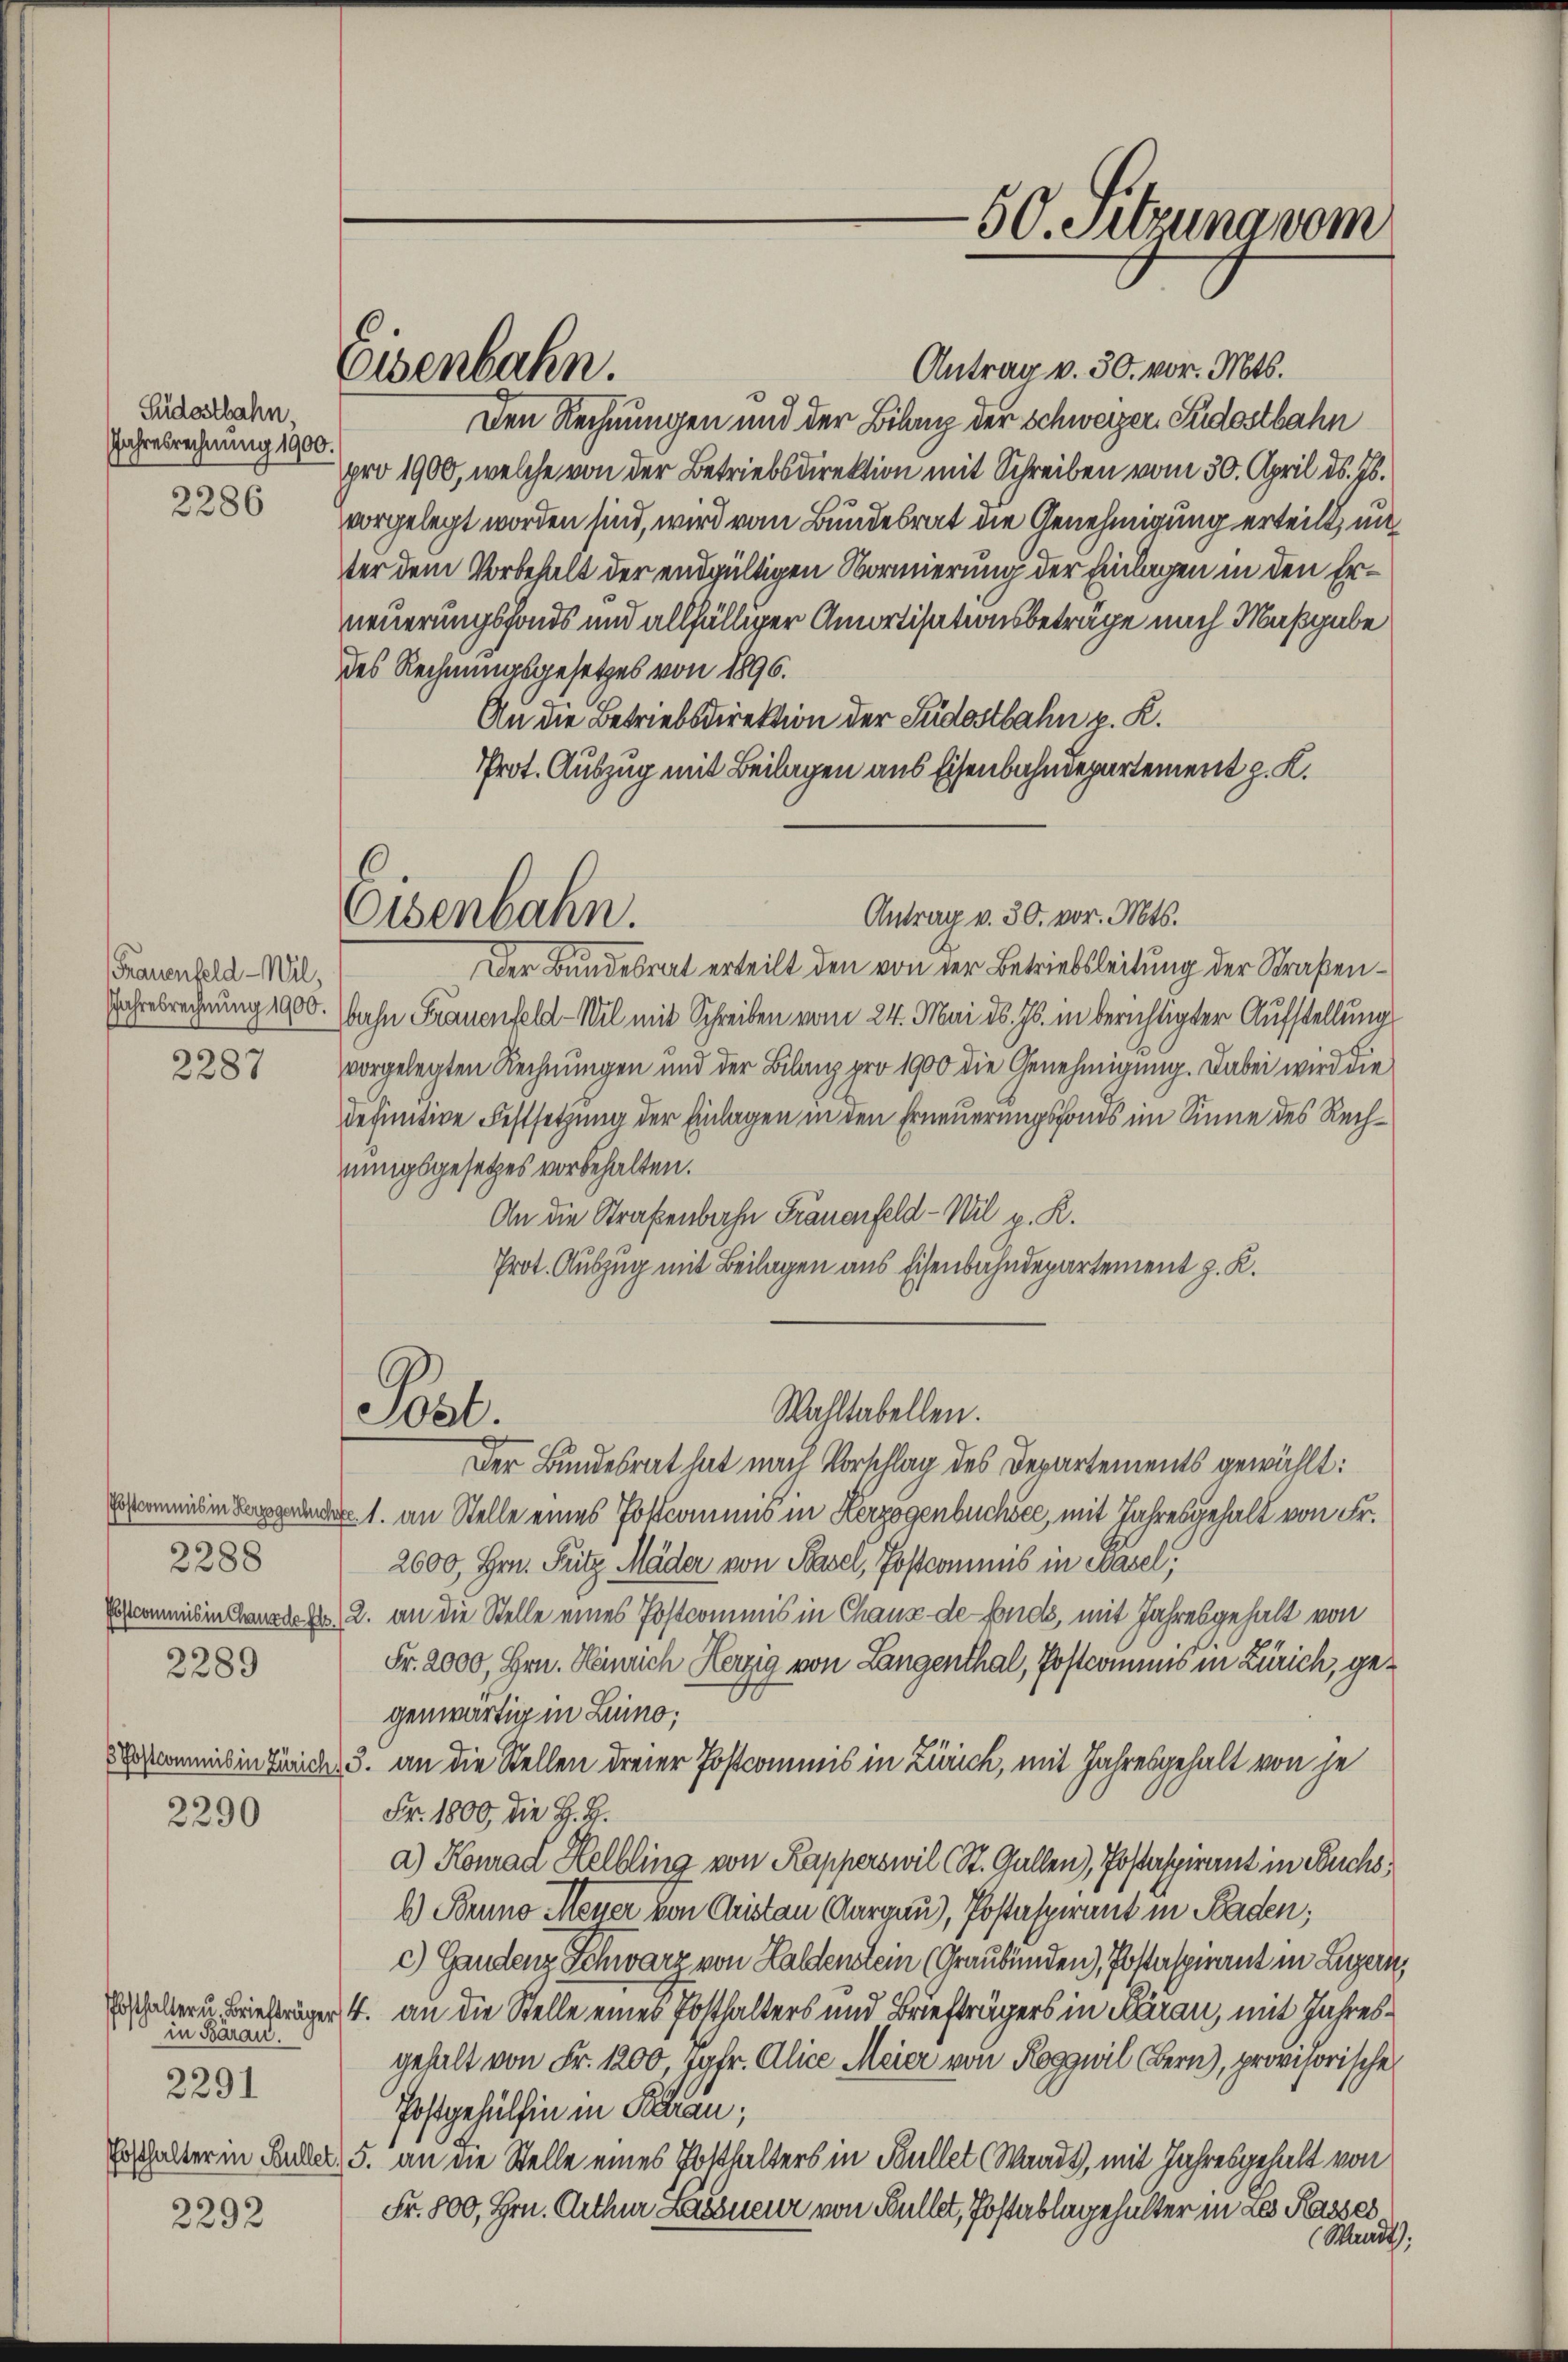
Püdostbahn,
Jahresrechnung 1900.

2286

2287

Pöstcommis in Herzogenbuch
2288
2289

2290

2292

Frauenfeld -Wil,
Jahresrechnung 1900.

in Baran.
2291

Eisenbahn.

Eisenbahn.

Antrag v. 30. vor. Mts.
Den Rechnungen und der Bilanz der Schweizer Südostbahn
pro 1900, welche von der Betriebsdirektion mit Schreiben vom 30. April d. Js.
vorgelegt worden sind, wird vom Bundesrat die Genehmigung erteilt, un
ter dem Vorbehalt der endgültigen Normierung der Einlagen in den Erneuerungsfonds und allfälliger Amortisationsbeträge nach Maßgabe
des Rechnungsgesetzes von 1896.
An die Betriebsdirektion der Südostbahn p. R.
Prot. Auszug mit Beilagen aus Eisenbahndepartement z. K.
Der Bundesrat erteilt den von der Betriebsleitung der Straßen¬
Bahn Frauenfeld - Wil mit Schreiben vom 24. Mai d. Js. in berichtigter Aufstellung
vorgelegten Rechnungen und der Bilanz pro 1900 die Genehmigung. Dabei wird die
definitive Festsetzung der Einlagen in den Erneuerungsfonds im Sinne des Rechnungsgesetzes vorbehalten.
An die Straßenbahn Frauenfeld-Wil p. R.
Prot. Auszug mit Beilagen aus Eisenbahndepartement z. K.
Wahltabellen.
Pol.
Der Bundesrat hat nach Vorschlag des Departements gewählt:
1. an Stelle eines Postcommis in Herzogenbuchsee, mit Jahresgehalt von Fr.
2600, Hrn. Fritz Mäder von Basel, Postcommis in Basel,
Erstcommis in Canzler, 2. an die Stelle eines Postcommis in Chaux de fonds, mit Jahresgehalt von
Fr. 2000, Hrn. Heinrich Herzig von Langenthal, Postcommis in Zürich, gegenwärtig in Luino;
Escommis in Zürich, 3. an die Stellen dreier Postcommis in Zürich, mit Jahresgehalt von je
Fr. 1800, die H. H.
a) Konrad Helbling von Kapperswil (St. Gallen), Postaspirant in Buchsb) Bruno Meyer von Aristan Aargau), Postaspirant in Baden;
c) Gandenz Schwarz von Haldenstein (Graubünden), Postaspirant in Luzern,
Erschaltern Briefträger 4. an die Stelle eines Posthalters und Briefträgers in Aarau, mit Jahresgehalt von Fr. 1200, Jgfr. Alice Meier von Roggwil Bern), provisorische
Postgehülfen in Paran,
Erschalter in Buder, 5. an die Stelle eines Posthalters in Bullet Waadt, mit Jahresgehalt von
Fr. 800, Hrn. Arthur Lassneur von Bullet, Postablagehalter in Les Kasses
Waadt);

Antrag v. 30. vor. Mts.

50. Sitzung vom